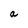
Character: a